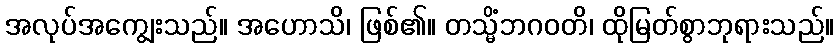
အလုပ်အကျွေးသည်။ အဟောသိ၊ ဖြစ်၏။ တသ္မိံဘဂဝတိ၊ ထိုမြတ်စွာဘုရားသည်။